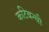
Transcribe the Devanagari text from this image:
कटिबन्धी